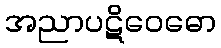
အညာပဋိဝေဓော